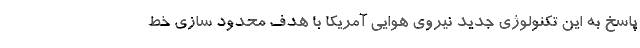
پاسخ به این تکنولوژی جدید نیروی هوایی آمریکا با هدف محدود سازی خط